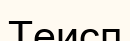
Теисп